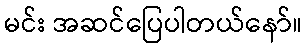
မင်း အဆင်ပြေပါတယ်နော်။